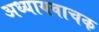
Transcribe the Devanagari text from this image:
अध्यायवाचक